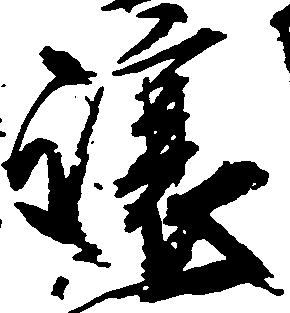
譲